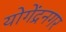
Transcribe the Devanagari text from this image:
योगेंद्रनगर